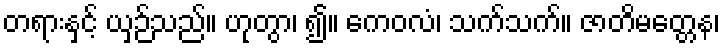
တရားနှင့် ယှဉ်သည်။ ဟုတွာ၊ ၍။ ကေဝလံ၊ သက်သက်။ ဇာတိမတ္တေန၊